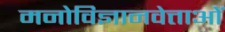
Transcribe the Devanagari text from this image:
मनोविज्ञानवेत्ताओं